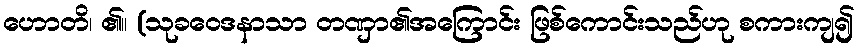
ဟောတိ၊ ၏။ (သုခဝေဒနာသာ တဏှာ၏အကြောင်း ဖြစ်ကောင်းသည်ဟု စကားကျ၍